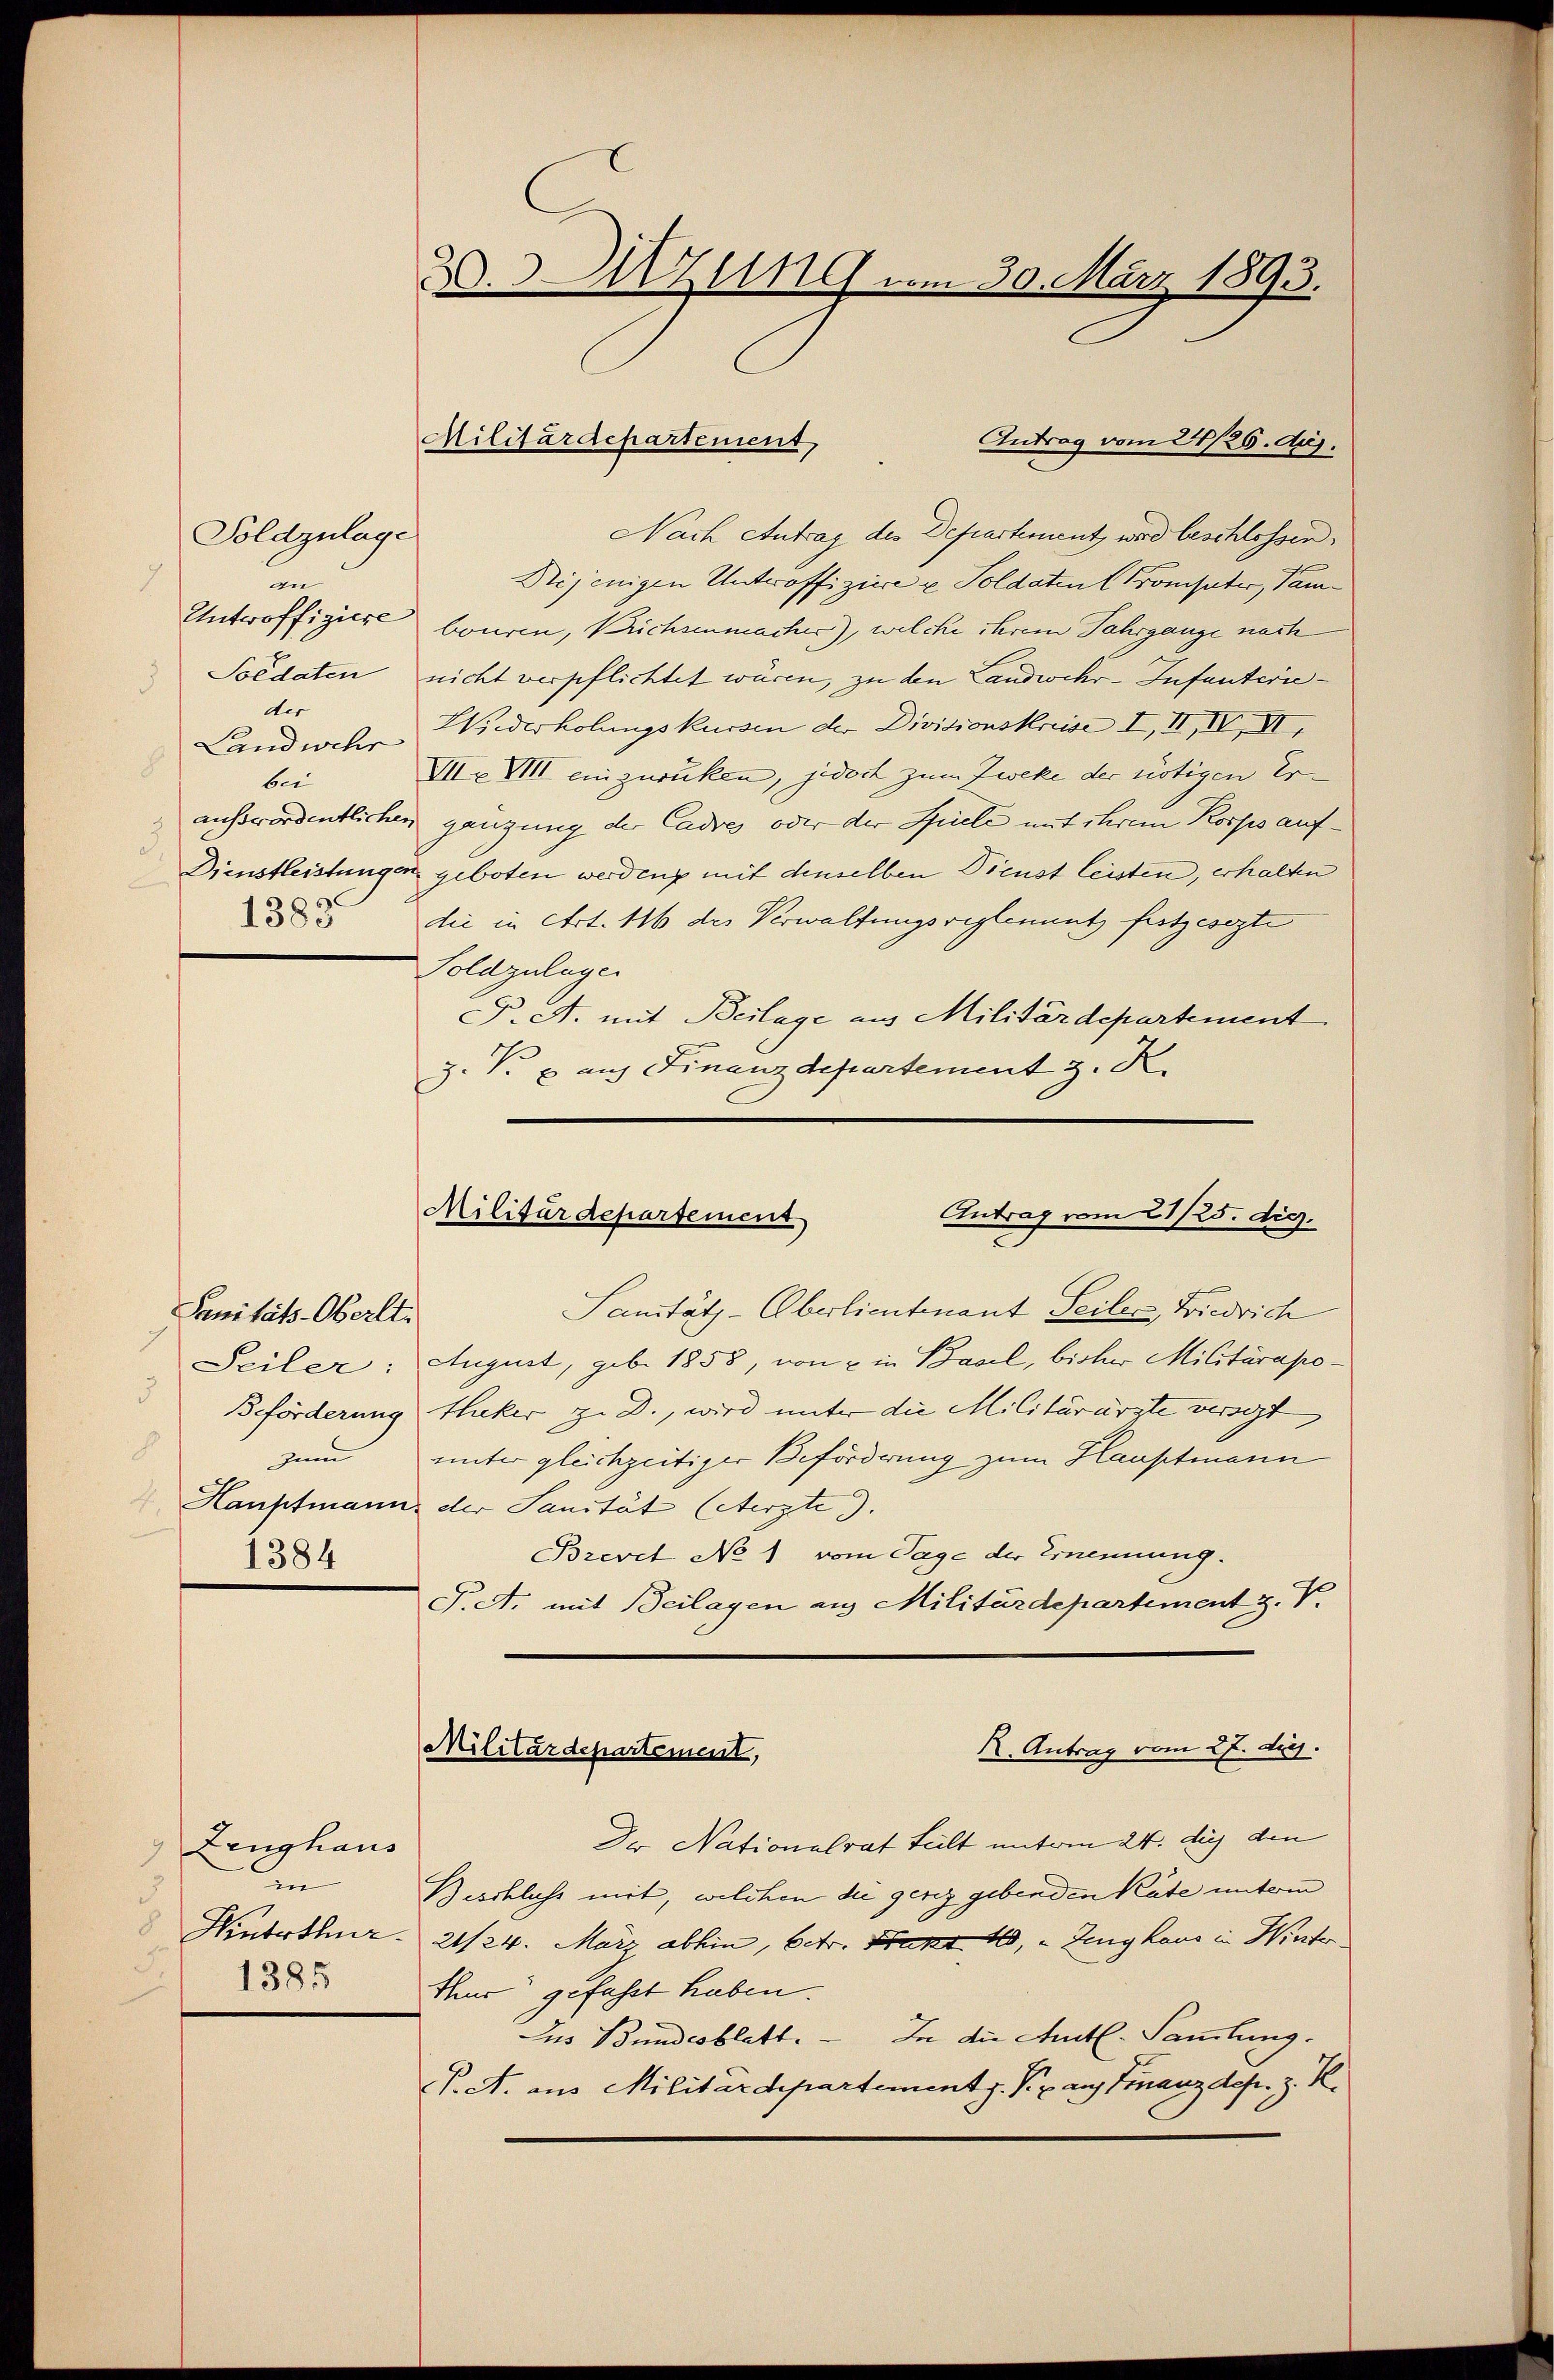
Soldzulage
n
Unteroffiziere
der
h
bei
1383.

Sanitäts-Oberlt.
3
h
zum
1384

Antrag vom 22/26. Aug.
Nach Antrag des Departement, wird beschlossen,
Drijenigen Unteroffiziere u Soldaten (Prompter, Vambouren, Prichsenmacher), welche ihrem Jahrgange nach
Soldaten nicht verpflichtet wären, zu den Landwehr-Infanterie¬
Landweher Wiederholungskursen der Divisionskreise I, II, IV, VI
VIIe VIII einzurücken, jedoch zum Zweke der nötigen Er-
außerordentlichen gänzung der Cadres oder der Spiele mit ihrem Korps auf¬
Dienstleistungen geboten werden, mit denselben Dienst leisten, erhalten
die in Art. 116 des Verwaltungsreglement festgesezte
Soldzulagen
P. A. mit Beilage aus Militärdepartement
Z. V. u. auf Finanzdepartement z. K.

Zeughaus
in
3.
1385

2.UZug vom 30. März 1893.

Militärdepartement,

Antrag vom 21/25. dec.
Militärdepartement

Sanitäts-Oberlieutenant Seiler, Friedrich
Seiler: August, geb. 1855, von u in Basel, bisher Militärapo¬
Beförderung Hluker zu D., wird unter die Militärärzte verscht,
unter gleichzeitiger Beförderung zum Hauptmann
Hauptmann der Sanität (Aerzte 3.
Brevet No 1 vom Tage der Ernennung.
P.A. mit Beilagen aus Militärdepartement z. V.
Der Nationalrat Leilt unterm 24. dies den
Beschluss mit, welchen die gesez gebenden Kate unterm
Hinterthur. 21/24. März abhin, betr. Brust 18, „Zeughaus in Winter
thur gefasst haben.
Jus Bundesblatt. In die Amtl. Sammlung.
P. A. aus Militärdepartement z. B. auf Finanzdep. z. R.

K. Antrag vom 27. ds.
Militärdepartement,